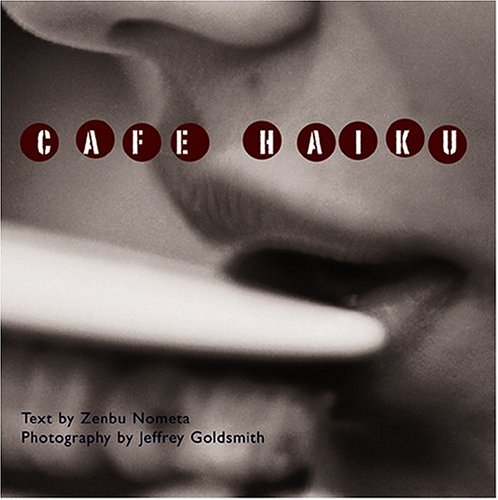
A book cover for Cafe Haiku; Zenbu Nometa; Health, Fitness & Dieting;